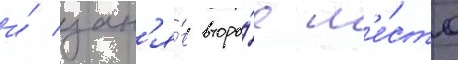
и́ зан'я́в второ́е м'е́сто